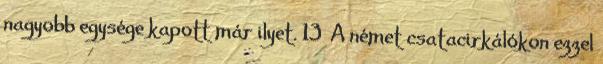
nagyobb egysége kapott már ilyet. 13 A német csatacirkálókon ezzel